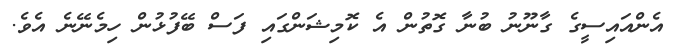
އެންއައިސީގެ ގާނޫނު ބުނާ ގޮތުން އެ ކޮމިޝަންގައި ފަސް ބޭފުޅުން ހިމެނޭނެ އެވެ.